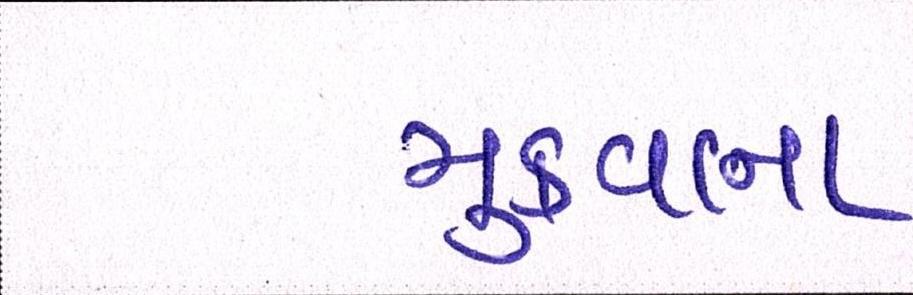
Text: મુકવાના